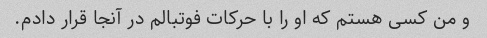
و من کسی هستم که او را با حرکات فوتبالم در آنجا قرار دادم.